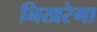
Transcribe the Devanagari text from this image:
निखरेगा